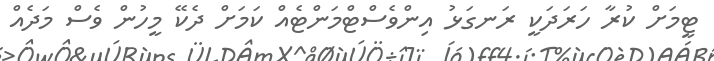
ޓީމަށް ކުރާ ހަރަދަކީ ރަނގަޅު އިންވެސްޓްމަންޓެއް ކަމަށް ދެކޭ މީހުން ވެސް މަދެއް